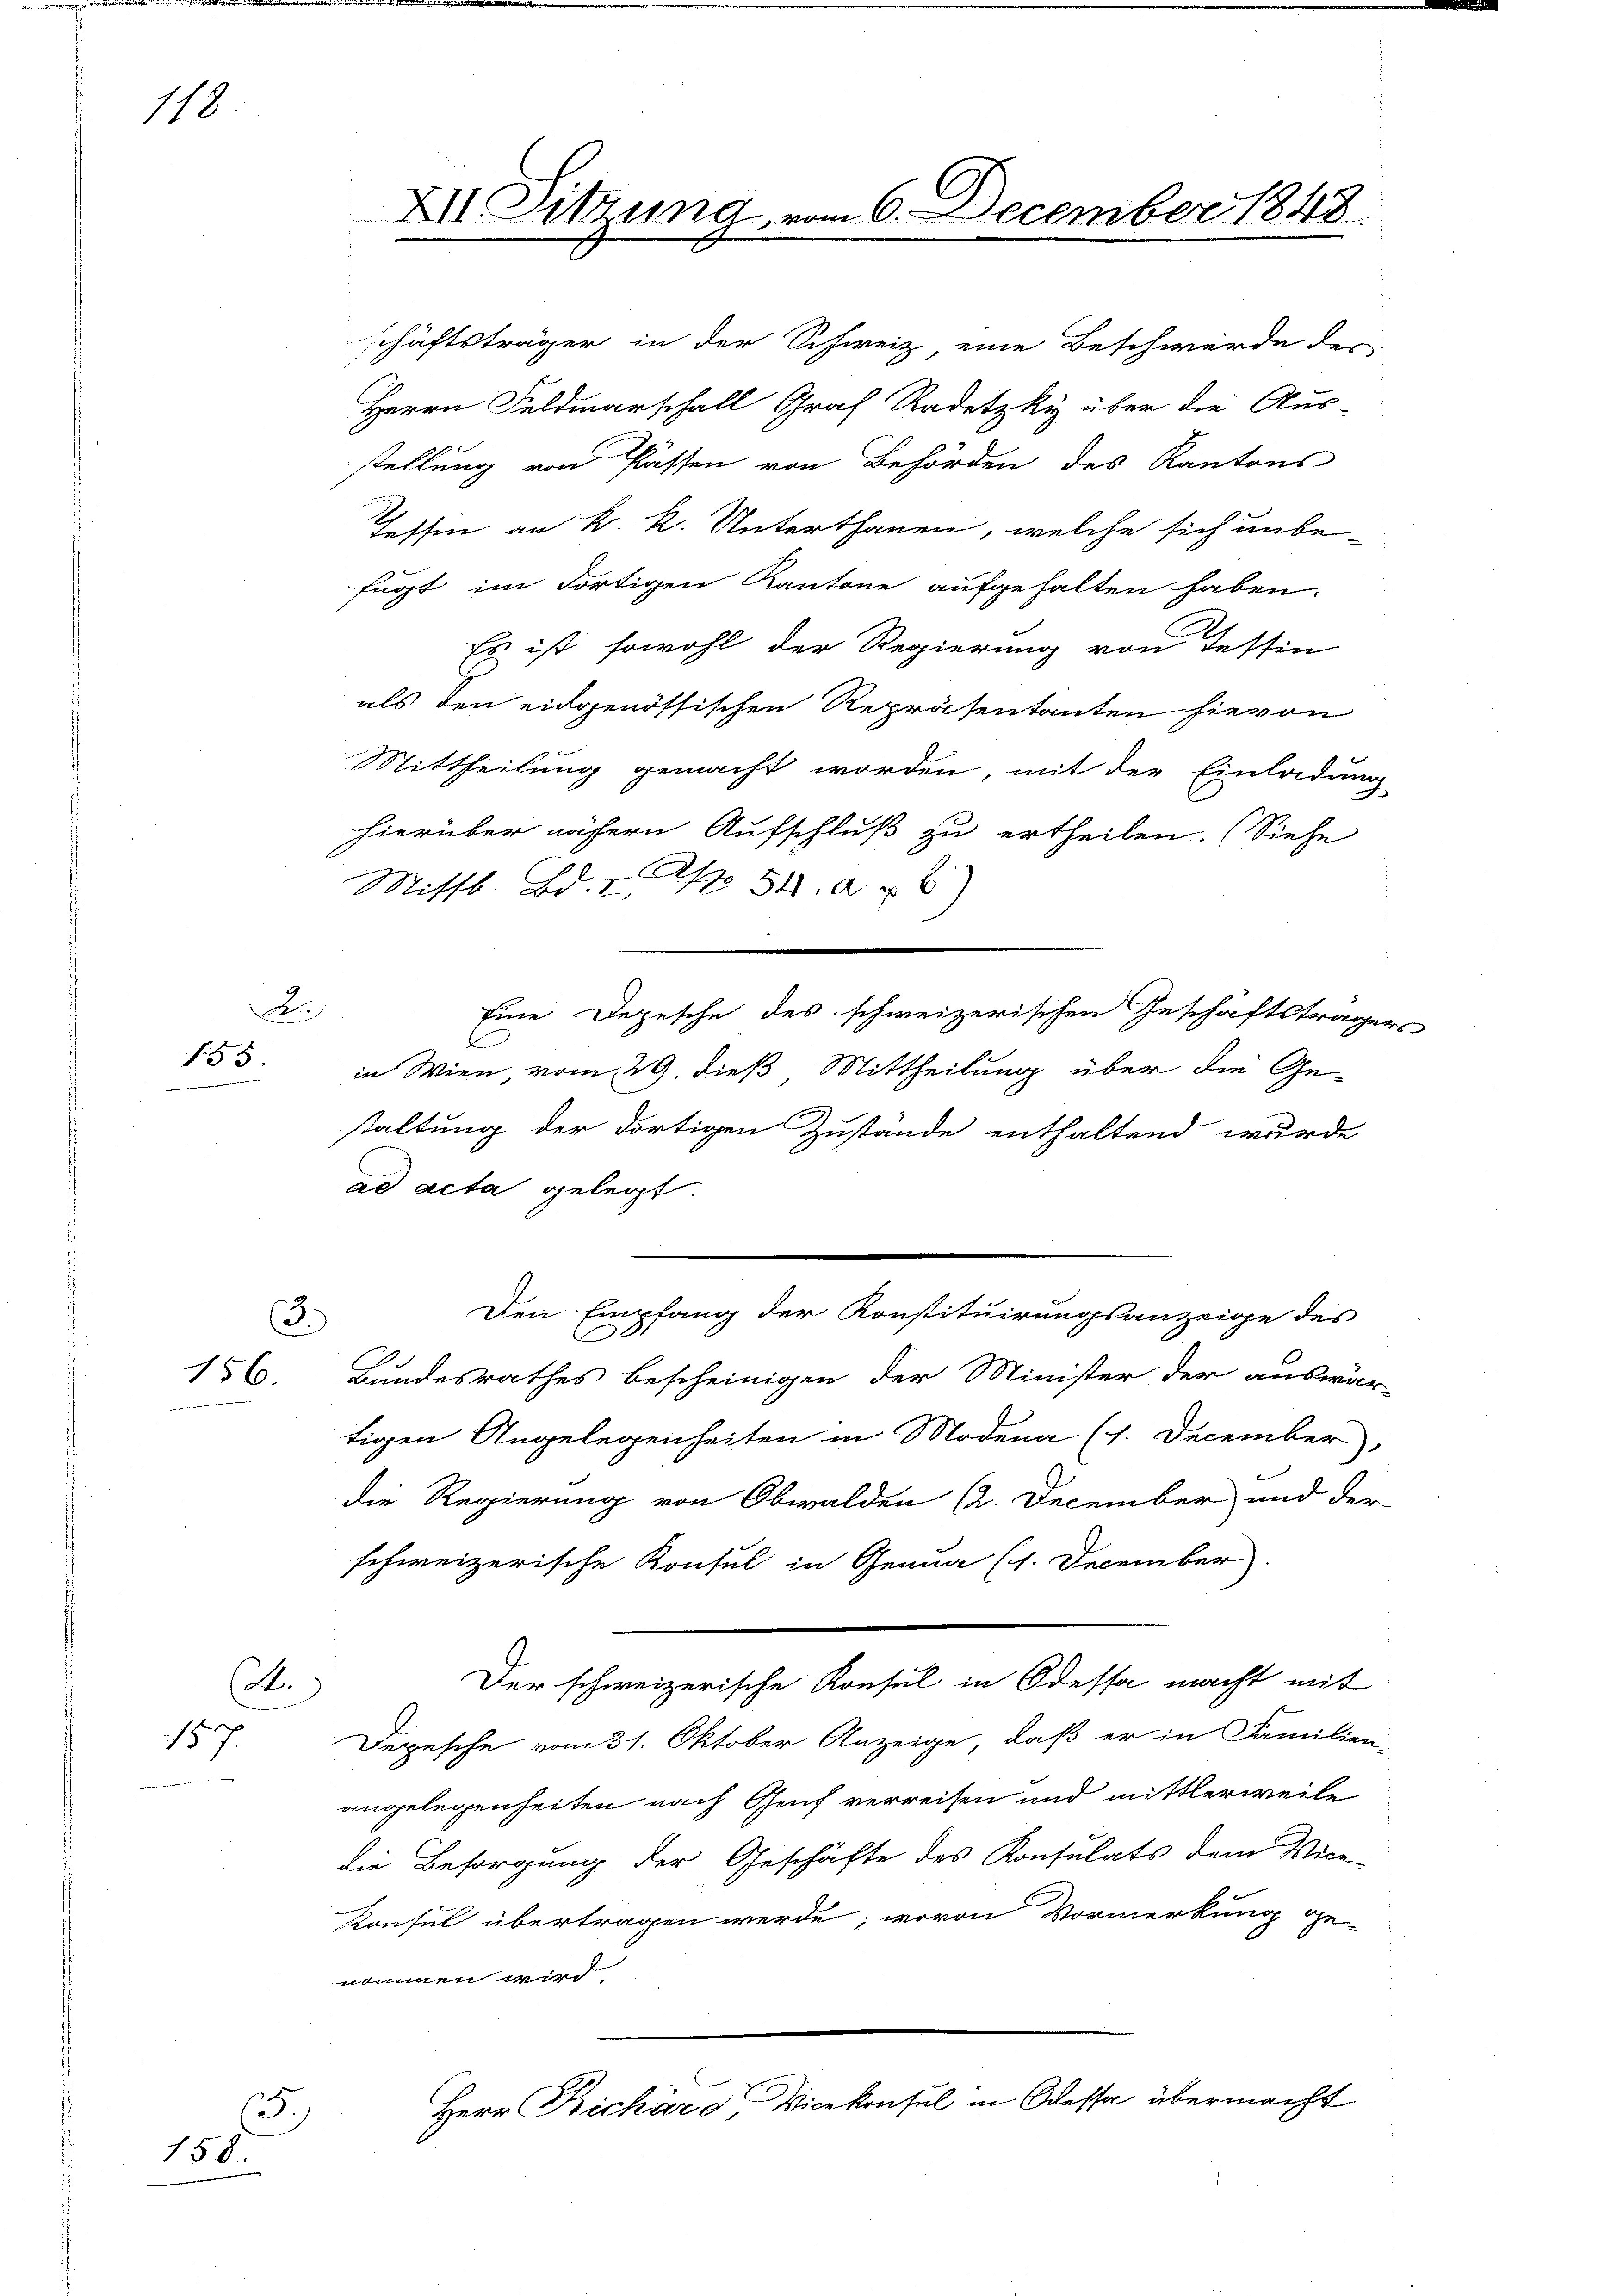
118

2
155.

.

3.
156.

.
157.

.
158.

XII. Sitzung vom 6. December 1848

Es ist sowohl der Regierung von Testin
als den eidgenössischen Repräsentanten hievon
Mittheilung gemacht worden, mit der Einladung
hierüber nähern Aufschluß zu ertheilen. (Siehe
Apr 54 x 6)
Mittl. Bd. I,
Eine Depesche des schweizerischen Geschäftsträgers
in Wien, vom 29. dieß Mittheilung über die Ge-
staltung der dortigen Zustände enthaltend wurde
ad acta gelegt
Den Empfang der Konstituirungsanzeige des
Bundesrathes bescheinigen der Minister der auswär-
tigen Angelegenheiten in Modena (1. December
die Regierung von Obwalden (2. December und der
schweizerische Konsul in Genua (1. December
Der schweizerische Konsul in Odessa macht mit
Depesche vom 31. Oktober Anzeige, daß er in Familien-
angelegenheiten nach Genf verreisen und mittlerweile
die Besorgung der Geschäfte des Konsulats dem Vice-
Konsul übertragen werde; wovon Vormerkung ge-
nommen wird
Herr Richard, Vicekonsul in Dessa übermacht

schäftsträger in der Schweiz, eine Beschwerde der
Herrn Feldmarschall Graf Radetzky über die Aus-
stellung von Passen von Behörden des Kantons
2
tessen an k. k. Unterthanen, welche sich unbefügt im dortigen Kantone aufgehalten haben.